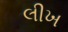
લીખ